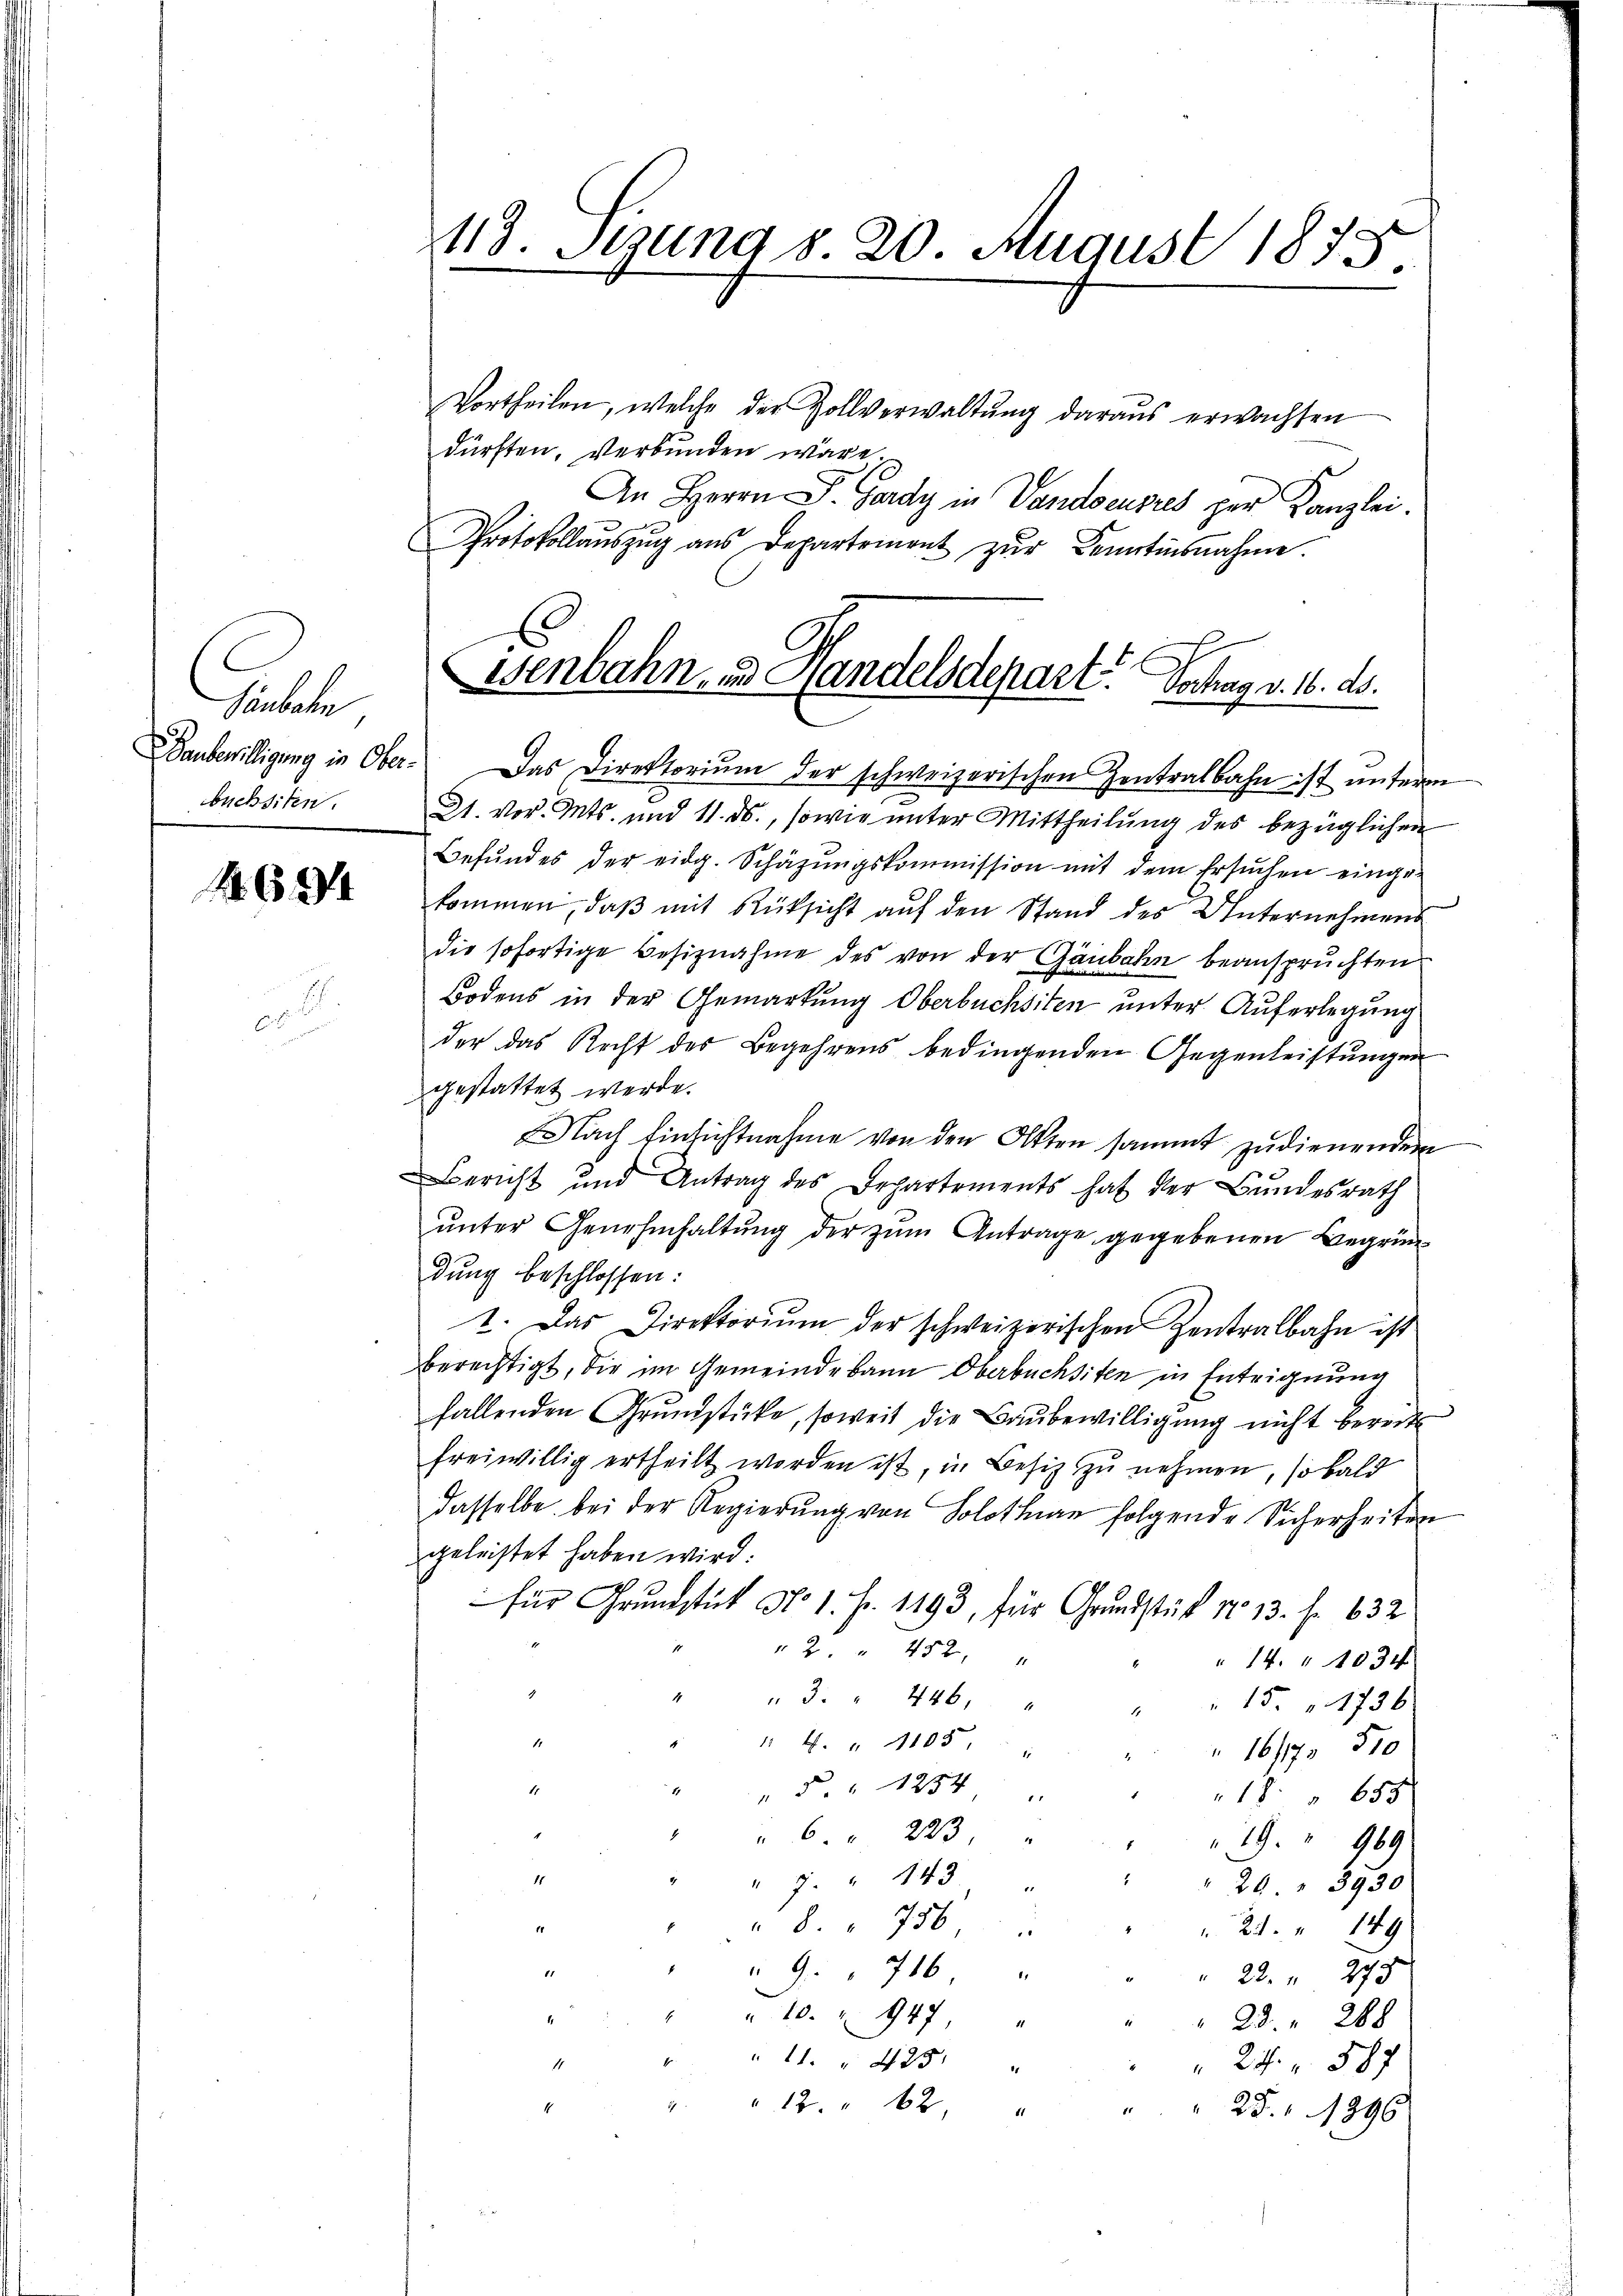
Saubahn
büchsiten.

4694

65

Vortheilen, welche der Zollverwaltŭng daraŭs erwachten
dürften. Verbunden wäre.
An Herrn P. Gerdy in Vandoeuvres per Kanzlei.
Protokollaŭszŭg aŭs Departement zŭr Kenntinsnahme.

48. Stund d. 20. August 1875.

isenbahn, und Handelsdepart. Dochag v. 4. ds.

aŭbewilligung in Ober. Das Direktoriŭm der schweizerischen Zentralbahn ist unterm
21. vor. Mts. und 11. ds., sowie unter Mittheilung des bezüglichen
Befŭndes der eidg. Schäzŭngskommission mit dem Ersuchen einge-
kommen, daβ mit Rüksicht auf den Stand des Unternehmens
die sofortige Besiznahme des von der Gaubahn beanspruchten
Bodens in der Gemarkung Oberbuchsten unter Auferlegung
der das Recht des Begehrens bedingenden Gegenleistŭngen
gestattet werde.
Nach Einsichtnahme von den Otten sammt zudienenden
Bericht und Antrag des Departements hat der Bundesrath
ŭnter Genehmhaltŭng der zŭm Antrage gegebenen Begründung beschlossen:
1. Das Direktoriŭm der schweizerischen Zentralbahn ist
berechtigt, die im Gemeinde kann Oberbuchsten in Enteignung
fallenden Grundstücke, soweit die Baubewilligung nicht bereit
freiwillig ertheilt worden ist, in Besitz zu nehmen, so bald
dasselbe bei der Regierŭng von Solothurn folgende Sicherheiten
geleistet haben wird.
für Grundstük No 1. Fr. 1193, für Grundstück No 13. f. 632
2 " 452,
" 14. 1034
3. " 446,
" " 15. 1736
" 4. " 1105.
16/4 510
.
 § 1254 "
1655
1
 223
19." 969
5
11
" " 7. " 143 "
20 " 3930
" 8. " 756
 24. " 149
" " 9. " 716. " "
" 22. " 270
 10. 947,
.
" 23. 288
" 11. 425
1
 24. 587
" " 12. " 62.
1
25. 1896